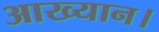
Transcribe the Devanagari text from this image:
आख्यान।